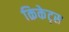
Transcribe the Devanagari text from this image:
क्रिकेट्स